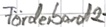
Text: Förderband2